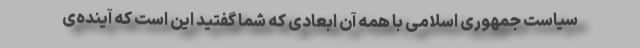
سیاست جمهوری اسلامی با همه آن ابعادی که شما گفتید این است که آینده‌ی